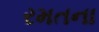
રમતના